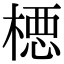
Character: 𪳉